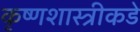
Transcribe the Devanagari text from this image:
कृष्णशास्त्रीकडे